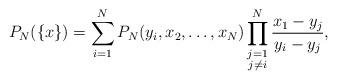
LaTeX: \begin{align*}P_N (\{x\})= \sum_{i = 1}^N P_N (y_i, x_2, \dots, x_N)\prod_{\substack{j = 1\\ j \neq i}}^{N}\frac{x_1 - y_j }{y_i - y_j},\end{align*}